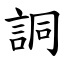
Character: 詷